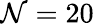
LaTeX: \mathcal{N}=20